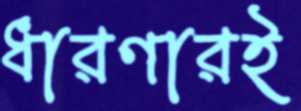
ধারণারই